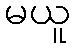
မယူ